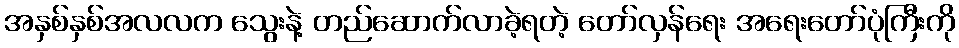
အနှစ်နှစ်အလလက သွေးနဲ့ တည်ဆောက်လာခဲ့ရတဲ့ တော်လှန်ရေး အရေးတော်ပုံကြီးကို